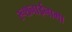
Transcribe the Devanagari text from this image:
रूशनाईनामा